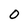
Character: 0